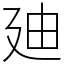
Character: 廸